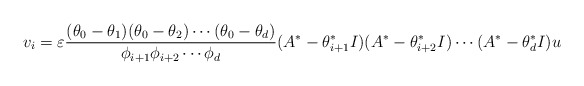
\begin{align*}v_i = \varepsilon \frac{(\theta_0-\theta_{1})(\theta_0-\theta_{2}) \cdots (\theta_0 - \theta_{d})}{\phi_{i+1}\phi_{i+2} \cdots \phi_{d}}(A^*-\theta^*_{i+1}I)(A^*-\theta^*_{i+2}I) \cdots (A^*-\theta^*_{d}I)u\end{align*}